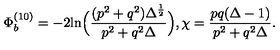
\Phi _ { b } ^ { ( 1 0 ) } = - 2 \mathrm { l n } \Big ( { \frac { ( p ^ { 2 } + q ^ { 2 } ) \Delta ^ { \frac { 1 } { 2 } } } { p ^ { 2 } + q ^ { 2 } \Delta } } \Big ) , \chi = { \frac { p q ( \Delta - 1 ) } { p ^ { 2 } + q ^ { 2 } \Delta } } .